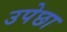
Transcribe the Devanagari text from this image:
उपेछा